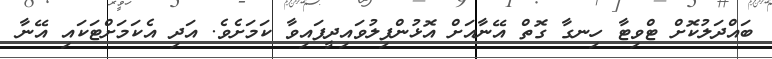
ބައްދަލުކޮށް ޓްވިޓާ ހިނގާ ގޮތް އޭނާއަށް އޮޅުންފިލުވައިދީފައިވާ ކަމަށެވެ. އަދި އެކަމަށްޓަކައި އޭނާ